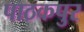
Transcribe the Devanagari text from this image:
पाठकपुर